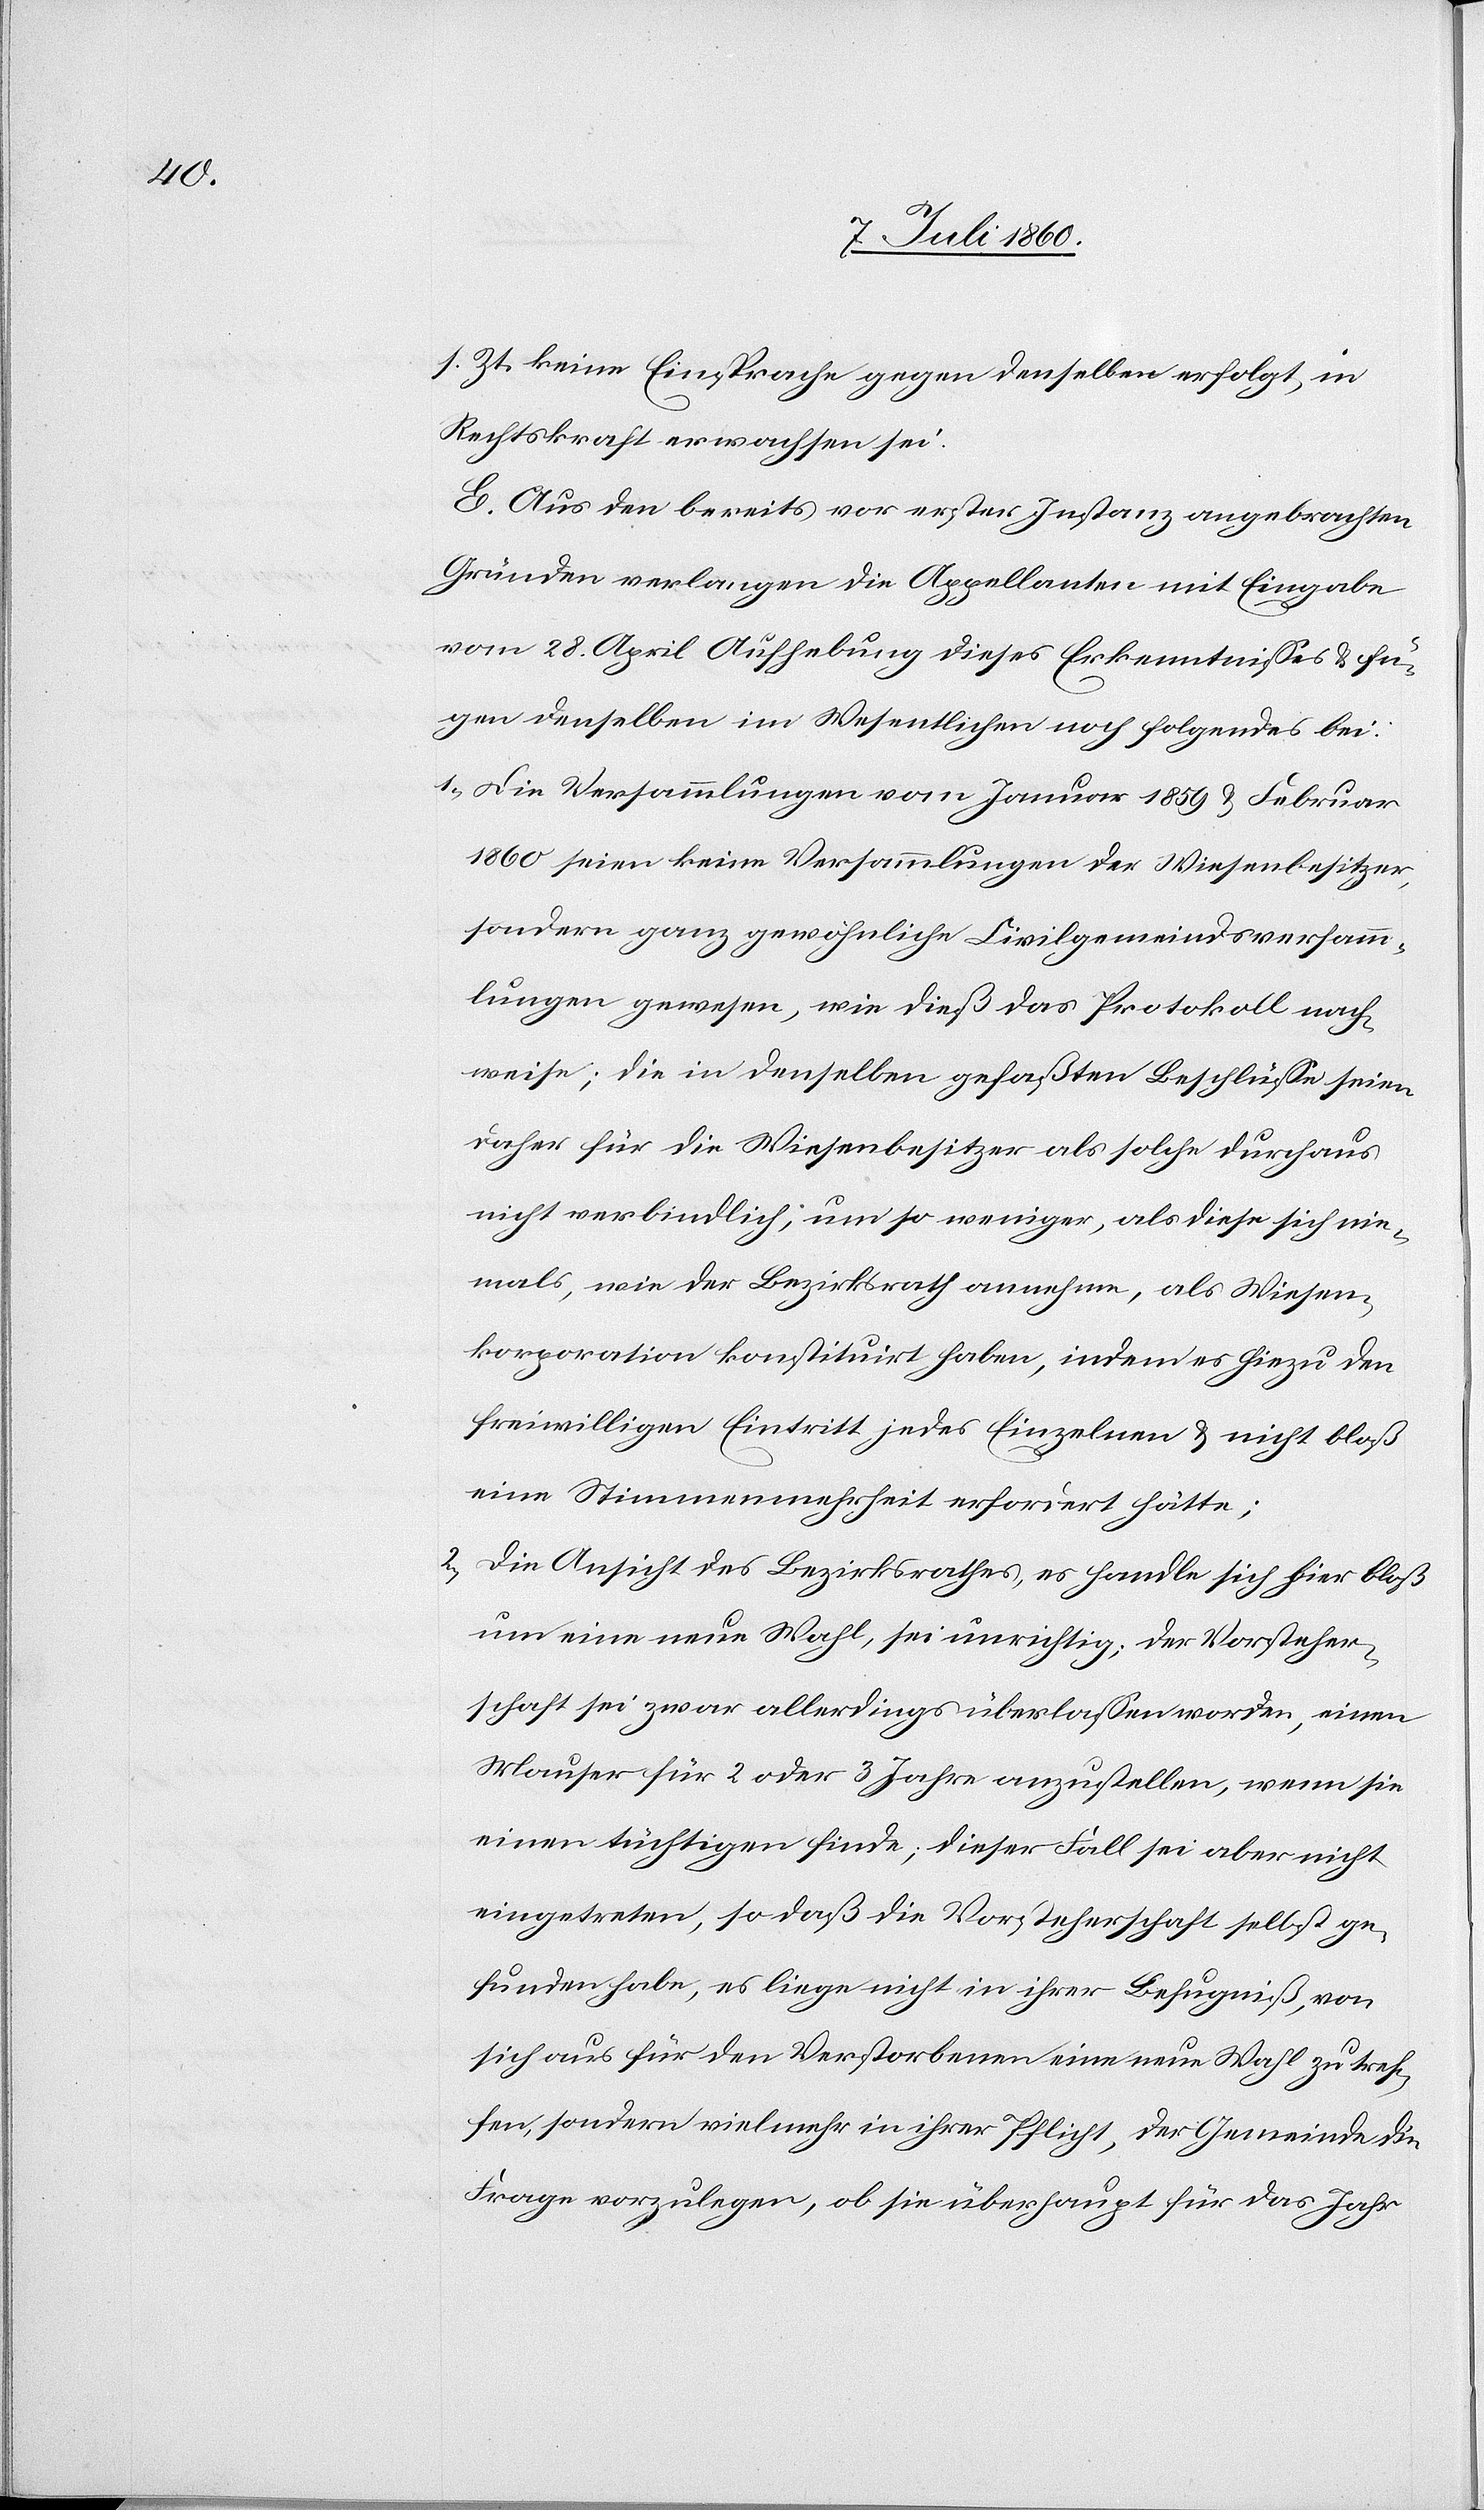
s. Zt. keine Einsprache gegen denselben erfolgt, in
Rechtskraft erwachsen sei.
E. Aus den bereits vor erster Instanz angebrachten
Gründen verlangen die Appellanten mit Eingabe
vom 28. April Aufhebung dieses Erkenntnisses & fü¬
gen denselben im Wesentlichen noch folgendes bei:
1) Die Versammlungen vom Januar 1859 & Februar
1860 seien keine Versammlungen der Wiesenbesitzer,
sondern ganz gewöhnliche Civilgemeindsversamm¬
lungen gewesen, wie dieß das Protokoll nach¬
weise; die in denselben gefaßten Beschlüsse seien
daher für die Wiesenbesitzer als solche durchaus
nicht verbindlich, um so weniger, als diese sich nie¬
mals, wie der Bezirksrath annehme, als Wiesen¬
korporation konsitutirt haben, indem es hiezu den
freiwilligen Eintritt jedes Einzelnen & nicht bloß
eine Stimmenmehrheit erfordert hätte;
2) Die Ansicht des Bezirksrathes, es handle sich hier bloß
um eine neue Wahl, sei unrichtig; der Vorsteher¬
schaft sei zwar allerdings überlassen worden, einen
Mauser für 2 oder 3 Jahre anzustellen, wenn sie
einen tüchtigen finde; dieser Fall sei aber nicht
eingetreten, so daß die Vorsteherschaft selbst ge¬
funden habe, es liege nicht in ihrer Befugniß, von
sich aus für den Verstorbenen eine neue Wahl zu tref¬
fen, sondern vielmehr in ihrer Pflicht, der Gemeinde die
Frage vorzulegen, ob sie überhaupt für das Jahr